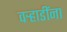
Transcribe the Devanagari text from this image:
वर्‍हाडींना